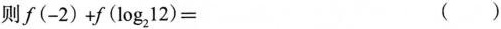
则$$f(-2)+f (log_{2}12)=$$ ( )